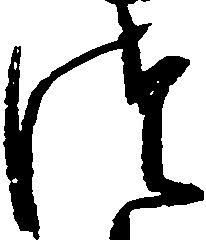
つ